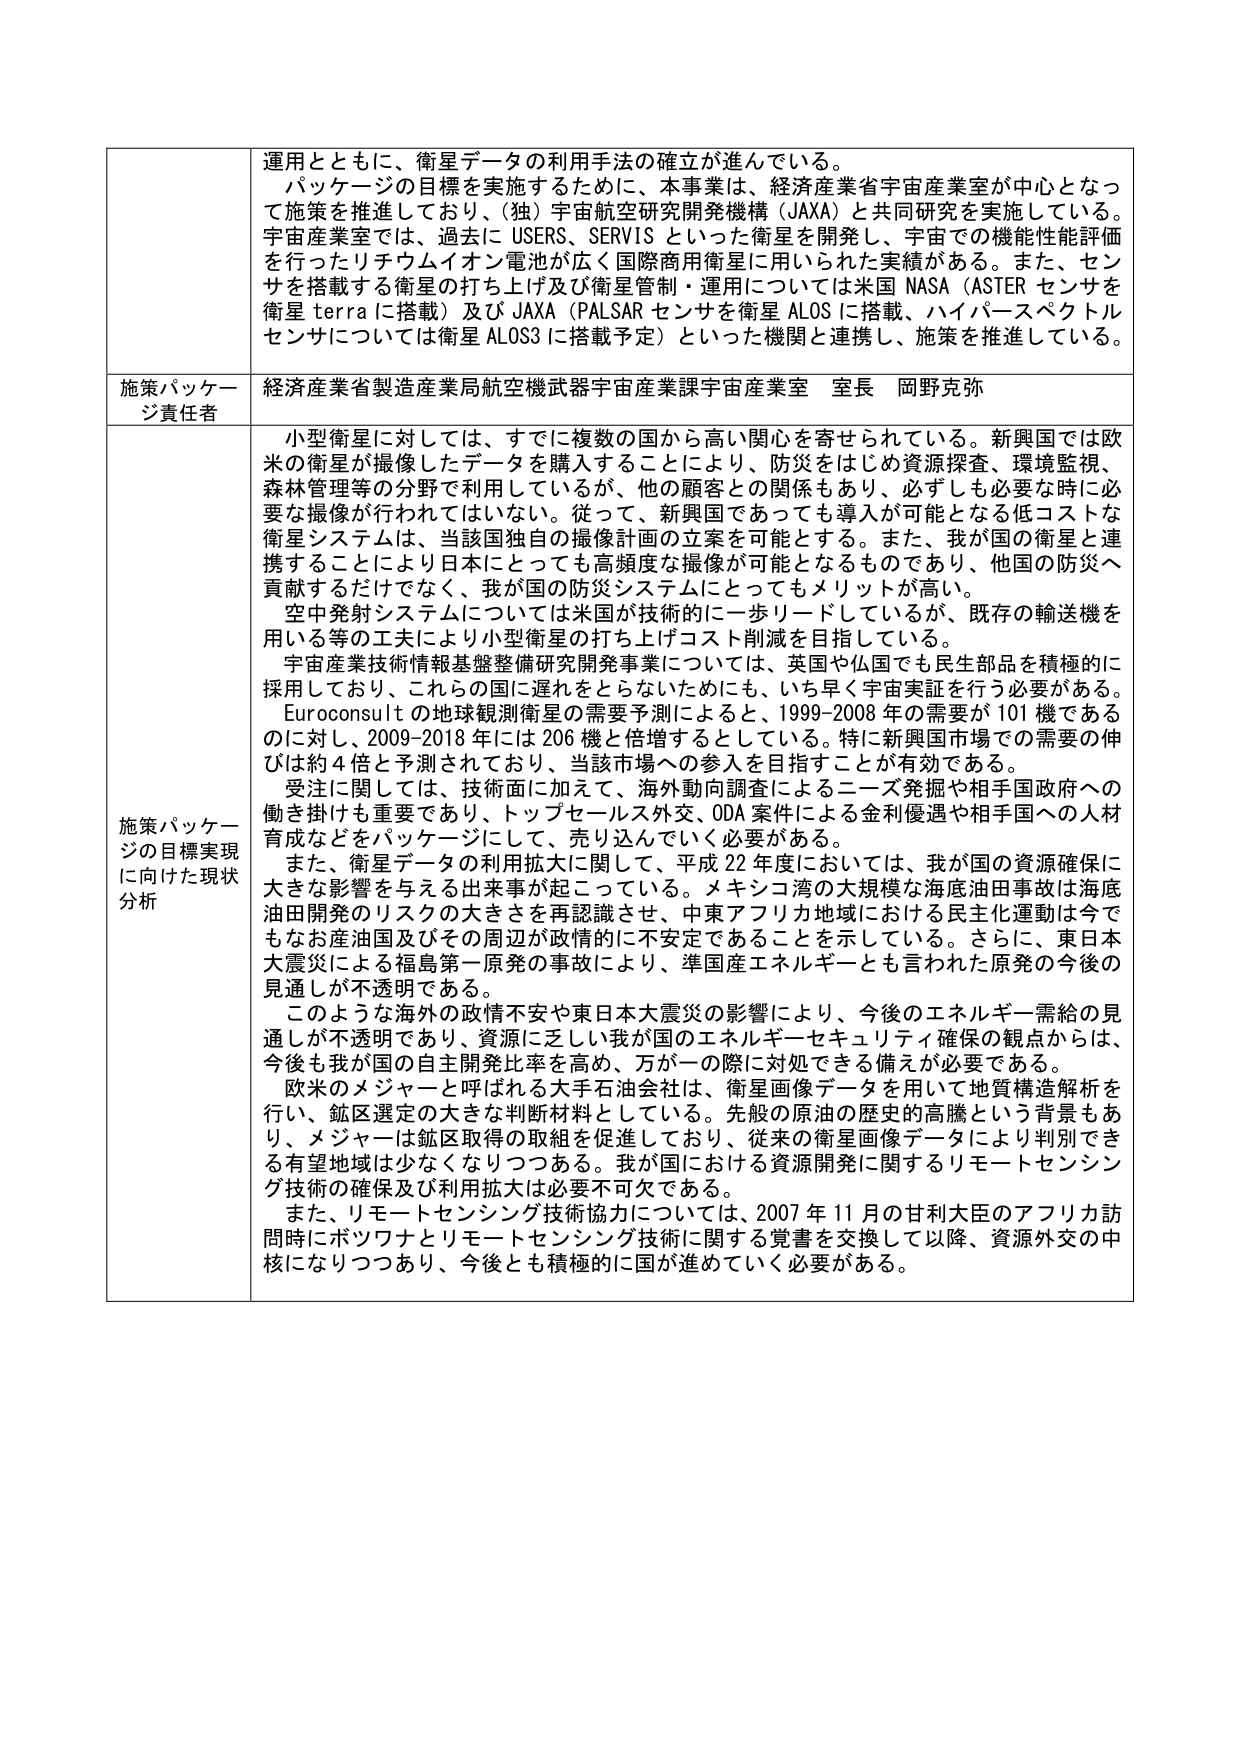
運用とともに、衛星データの利用手法の確立が進んでいる。
パッケージの目標を実施するために、本事業は、経済産業省宇宙産業室が中心となって施策を推進しており、（独）宇宙航空研究開発機構（JAXA）と共同研究を実施している。宇宙産業室では、過去に USERS、SERVIS といった衛星を開発し、宇宙での機能性能評価を行ったリチウムイオン電池が広く国際商用衛星に用いられた実績がある。また、センサを搭載する衛星の打ち上げ及び衛星管制・運用については米国 NASA（ASTER センサを衛星 terra に搭載）及び JAXA（PALSAR センサを衛星 ALOS に搭載、ハイパースペクトルセンサについては衛星 ALOS3 に搭載予定）といった機関と連携し、施策を推進している。

施策パッケージ責任者 経済産業省製造産業局航空機武器宇宙産業課宇宙産業室 室長 岡野克弥

施策パッケージの目標実現に向けた現状分析
小型衛星に対しては、すでに複数の国から高い関心を寄せられている。新興国では欧米の衛星が撮像したデータを購入することにより、防災をはじめ資源探査、環境監視、森林管理等の分野で利用しているが、他の顧客との関係もあり、必ずしも必要な時に必要な撮像が行われてはいない。従って、新興国であっても導入が可能となる低コストな衛星システムは、当該国独自の撮像計画の立案を可能とする。また、我が国の衛星と連携することにより日本にとっても高頻度な撮像が可能となるものであり、他国の防災へ貢献するだけでなく、我が国の防災システムにとってもメリットが高い。
空中発射システムについては米国が技術的に一歩リードしているが、既存の輸送機を用いる等の工夫により小型衛星の打ち上げコスト削減を目指している。
宇宙産業技術情報基盤整備研究開発事業については、英国や仏国でも民生部品を積極的に採用しており、これらの国に遅れをとらないためにも、いち早く宇宙実証を行う必要がある。Euroconsult の地球観測衛星の需要予測によると、1999-2008 年の需要が 101 機であるのに対し、2009-2018 年には 206 機と倍増するとしている。特に新興国市場での需要の伸びは約 4 倍と予測されており、当該市場への参入を目指すことが有効である。
受注に関しては、技術面に加えて、海外動向調査によるニーズ発掘や相手国政府への働き掛けも重要であり、トップセールス外交、ODA 案件による金利優遇や相手国への人材育成などをパッケージにして、売り込んでいく必要がある。
また、衛星データの利用拡大に関して、平成 22 年度においては、我が国の資源確保に大きな影響を与える出来事が起こっている。メキシコ湾の大規模な海底油田事故は海底油田開発のリスクの大きさを再認識させ、中東アフリカ地域における民主化運動は今でもなお産油国及びその周辺が政情的に不安定であることを示している。さらに、東日本大震災による福島第一原発の事故により、準国産エネルギーとも言われた原発の今後の見通しが不透明である。
このような海外の政情不安や東日本大震災の影響により、今後のエネルギー需給の見通しが不透明であり、資源に乏しい我が国のエネルギーセキュリティ確保の観点からは、今後も我が国の自主開発比率を高め、万が一の際に対処できる備えが必要である。
欧米のメジャーと呼ばれる大手石油会社は、衛星画像データを用いて地質構造解析を行い、鉱区選定の大きな判断材料としている。先般の原油の歴史的高騰という背景もあり、メジャーは鉱区取得の取組を促進しており、従来の衛星画像データにより判別できる有望地域は少なくなりつつある。我が国における資源開発に関するリモートセンシング技術の確保及び利用拡大は必要不可欠である。
また、リモートセンシング技術協力については、2007 年 11 月の甘利大臣のアフリカ訪問時にボツワナとリモートセンシング技術に関する覚書を交換して以降、資源外交の中核になりつつあり、今後とも積極的に国が進めていく必要がある。